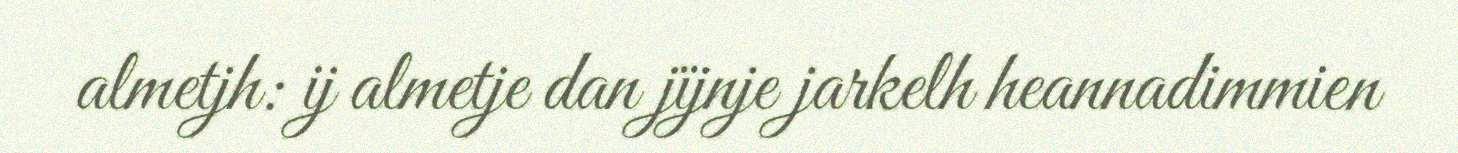
almetjh: ij almetje dan jïjnje jarkelh heannadimmien